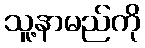
သူ့နာမည်ကို